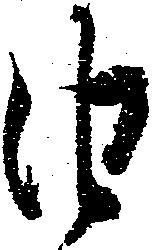
由